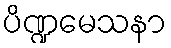
ပိဏ္ဍမေသနာ